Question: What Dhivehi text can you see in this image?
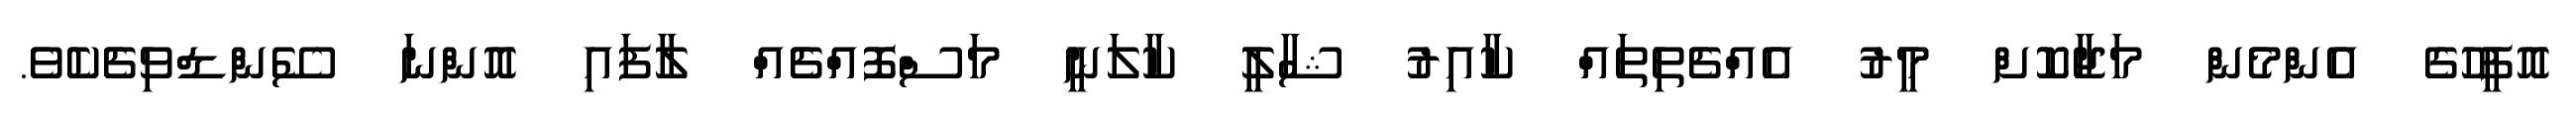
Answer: އޮފީހުގެ އެންމެން މަޖާކޮށް މީރު އެއްޗެތިތައް ކާއިރު ޝާލީ ކާލަނީ މަސްފޮއްޗެއް ލާފައި އޮންނަ ސޭންޑްވިޗެކެވެ.